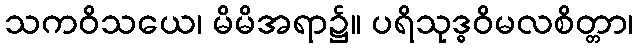
သကဝိသယေ၊ မိမိအရာ၌။ ပရိသုဒ္ဓဝိမလစိတ္တာ၊